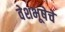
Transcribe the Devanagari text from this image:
वेशभूषेचे